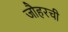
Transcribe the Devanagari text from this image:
जौहरची